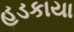
હડકાયા